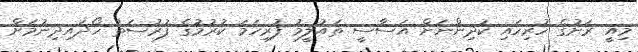
މިއީ ރަށުގެ ހުރިހައި ކުދިންނަށް އަސާސީ ތައުލީމު ފުރިހަމަ ކުރުމުގެ ފުރުސަތު ހޯދައިދިނުމަށް